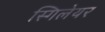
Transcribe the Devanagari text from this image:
स्गिलेयर